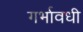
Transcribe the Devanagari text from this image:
गर्भावधी